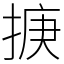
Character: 掶